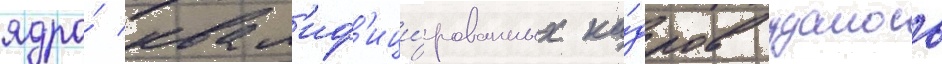
ядро́ квал'иф'ици́рованных ка́дров удалось